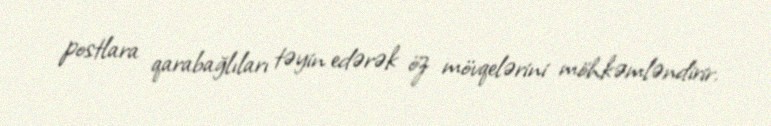
postlara qarabağlıları təyin edərək öz mövqelərini möhkəmləndirir.